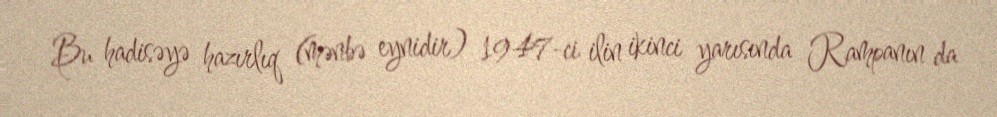
Bu hadisəyə hazırlıq (mənbə eynidir) 1947-ci ilin ikinci yarısında Rampanın da